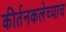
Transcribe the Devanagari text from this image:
कीर्तनकलेच्याच